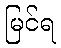
မြင်ရ